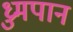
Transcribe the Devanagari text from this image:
ध्रुमपान